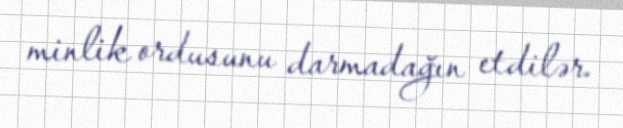
minlik ordusunu darmadağın etdilər.